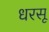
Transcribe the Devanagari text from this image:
धरसू